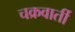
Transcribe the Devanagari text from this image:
चक्रवार्ती